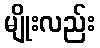
မျိုးလည်း